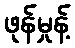
ဖုန်မှုန့်